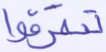
تتفرقوا